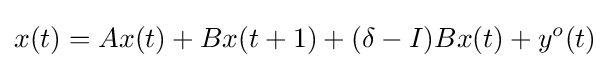
x(t)=Ax(t)+Bx(t+1)+(\delta -I)Bx(t)+y^{o}(t)